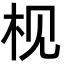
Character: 枧